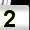
Digit: 2